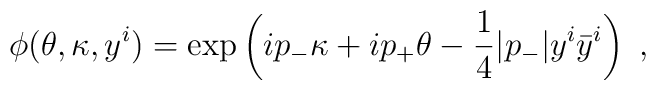
\phi (\theta, \kappa , y^i) = \exp \left(   i p_- \kappa  + i p_+ \theta  - \frac{1}{4} |p_-| y^i \bar y^i   \right) ~,